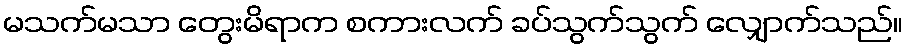
မသက်မသာ တွေးမိရာက စကားလက် ခပ်သွက်သွက် လျှောက်သည်။